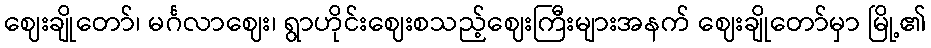
ဈေးချိုတော်၊ မင်္ဂလာဈေး၊ ရွာဟိုင်းဈေးစသည့်ဈေးကြီးများအနက် ဈေးချိုတော်မှာ မြို့၏